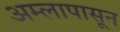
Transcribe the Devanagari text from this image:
अम्लापासून